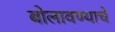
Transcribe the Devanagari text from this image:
बोलावण्याचे